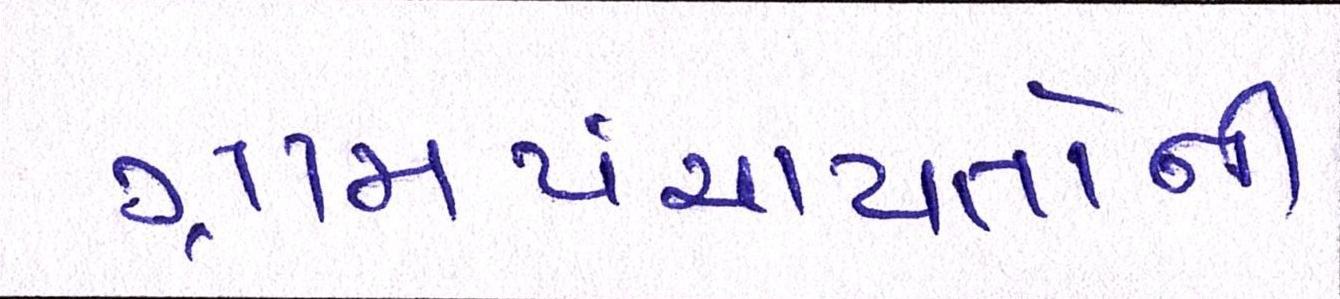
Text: ગ્રામપંચાયતોની